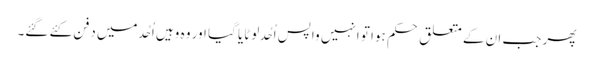
پھر جب ان کے متعلق حکم ہوا تو انہیں واپس اُحُد لوٹایا گیا اور وہ وہیں اُحُد میں دفن کئے گئے۔